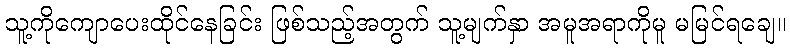
သူ့ကိုကျောပေးထိုင်နေခြင်း ဖြစ်သည့်အတွက် သူ့မျက်နှာ အမူအရာကိုမူ မမြင်ရချေ။